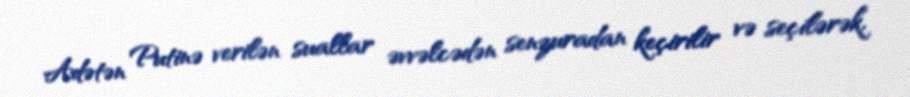
Adətən Putinə verilən suallar əvvəlcədən senzuradan keçirilir və seçilərək,